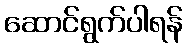
ဆောင်ရွက်ပါရန်